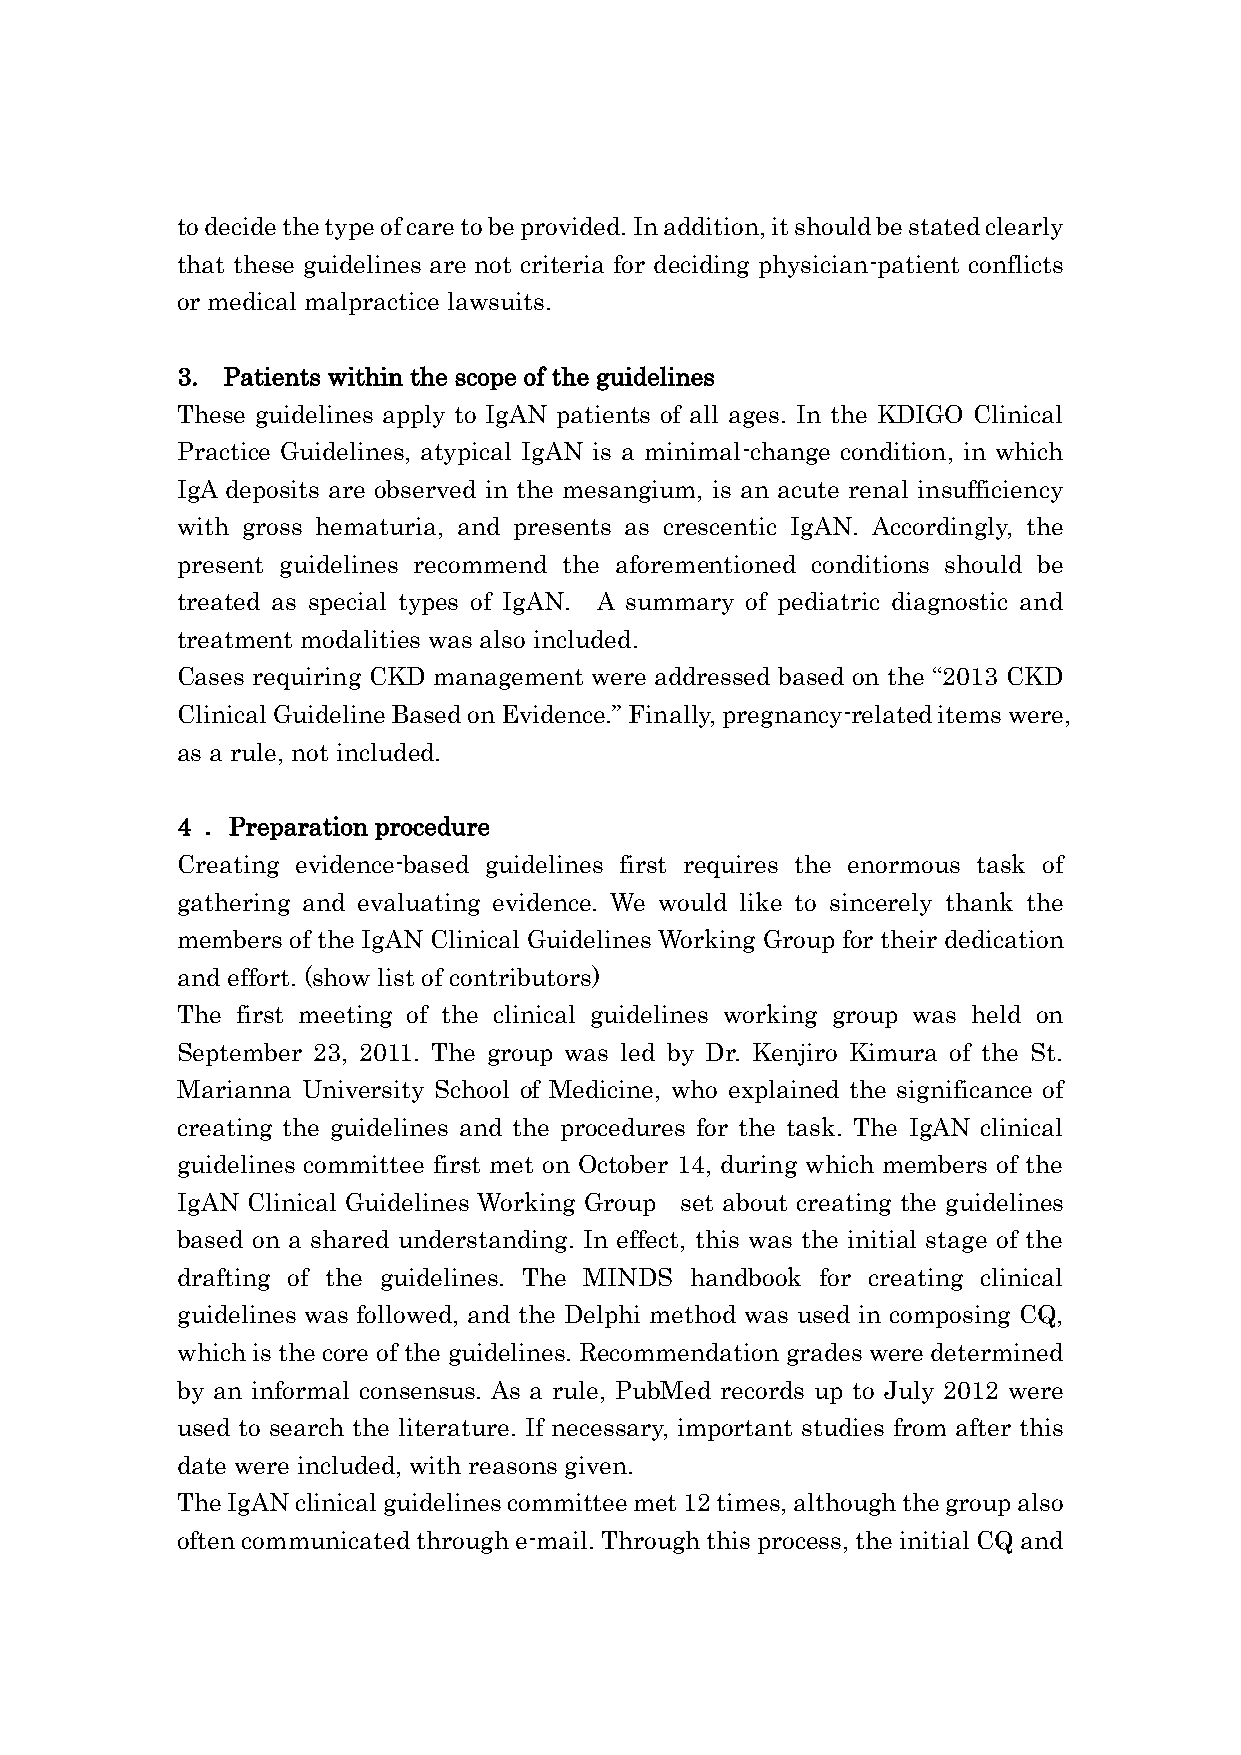
to decide the type of care to be provided. In addition, it should be stated clearly
 that these guidelines are not criteria for deciding physician-patient conflicts
 or medical malpractice lawsuits.
 3. Patients within the scope of the guidelines
 These guidelines apply to IgAN patients of all ages. In the KDIGO Clinical
 Practice Guidelines, atypical IgAN is a minimal-change condition, in which
 IgA deposits are observed in the mesangium, is an acute renal insufficiency
 with gross hematuria, and presents as crescentic IgAN. Accordingly, the
 present guidelines recommend the aforementioned conditions should be
 treated as special types of IgAN. A summary of pediatric diagnostic and
 treatment modalities was also included.
 Cases requiring CKD management were addressed based on the “2013 CKD
 Clinical Guideline Based on Evidence.” Finally, pregnancy-related items were,
 as a rule, not included.
 4 ．Preparation procedure
 Creating evidence-based guidelines first requires the enormous task of
 gathering and evaluating evidence. We would like to sincerely thank the
 members of the IgAN Clinical Guidelines Working Group for their dedication
 and effort. (show list of contributors)
 The first meeting of the clinical guidelines working group was held on
 September 23, 2011. The group was led by Dr. Kenjiro Kimura of the St.
 Marianna University School of Medicine, who explained the significance of
 creating the guidelines and the procedures for the task. The IgAN clinical
 guidelines committee first met on October 14, during which members of the
 IgAN Clinical Guidelines Working Group set about creating the guidelines
 based on a shared understanding. In effect, this was the initial stage of the
 drafting of the guidelines. The MINDS handbook for creating clinical
 guidelines was followed, and the Delphi method was used in composing CQ,
 which is the core of the guidelines. Recommendation grades were determined
 by an informal consensus. As a rule, PubMed records up to July 2012 were
 used to search the literature. If necessary, important studies from after this
 date were included, with reasons given.
 The IgAN clinical guidelines committee met 12 times, although the group also
 often communicated through e-mail. Through this process, the initial CQ and